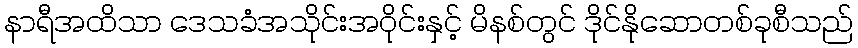
နာရီအထိသာ ဒေသခံအသိုင်းအဝိုင်းနှင့် မိနစ်တွင် ဒိုင်နိုဆောတစ်ခုစီသည်